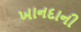
ખાનદાની